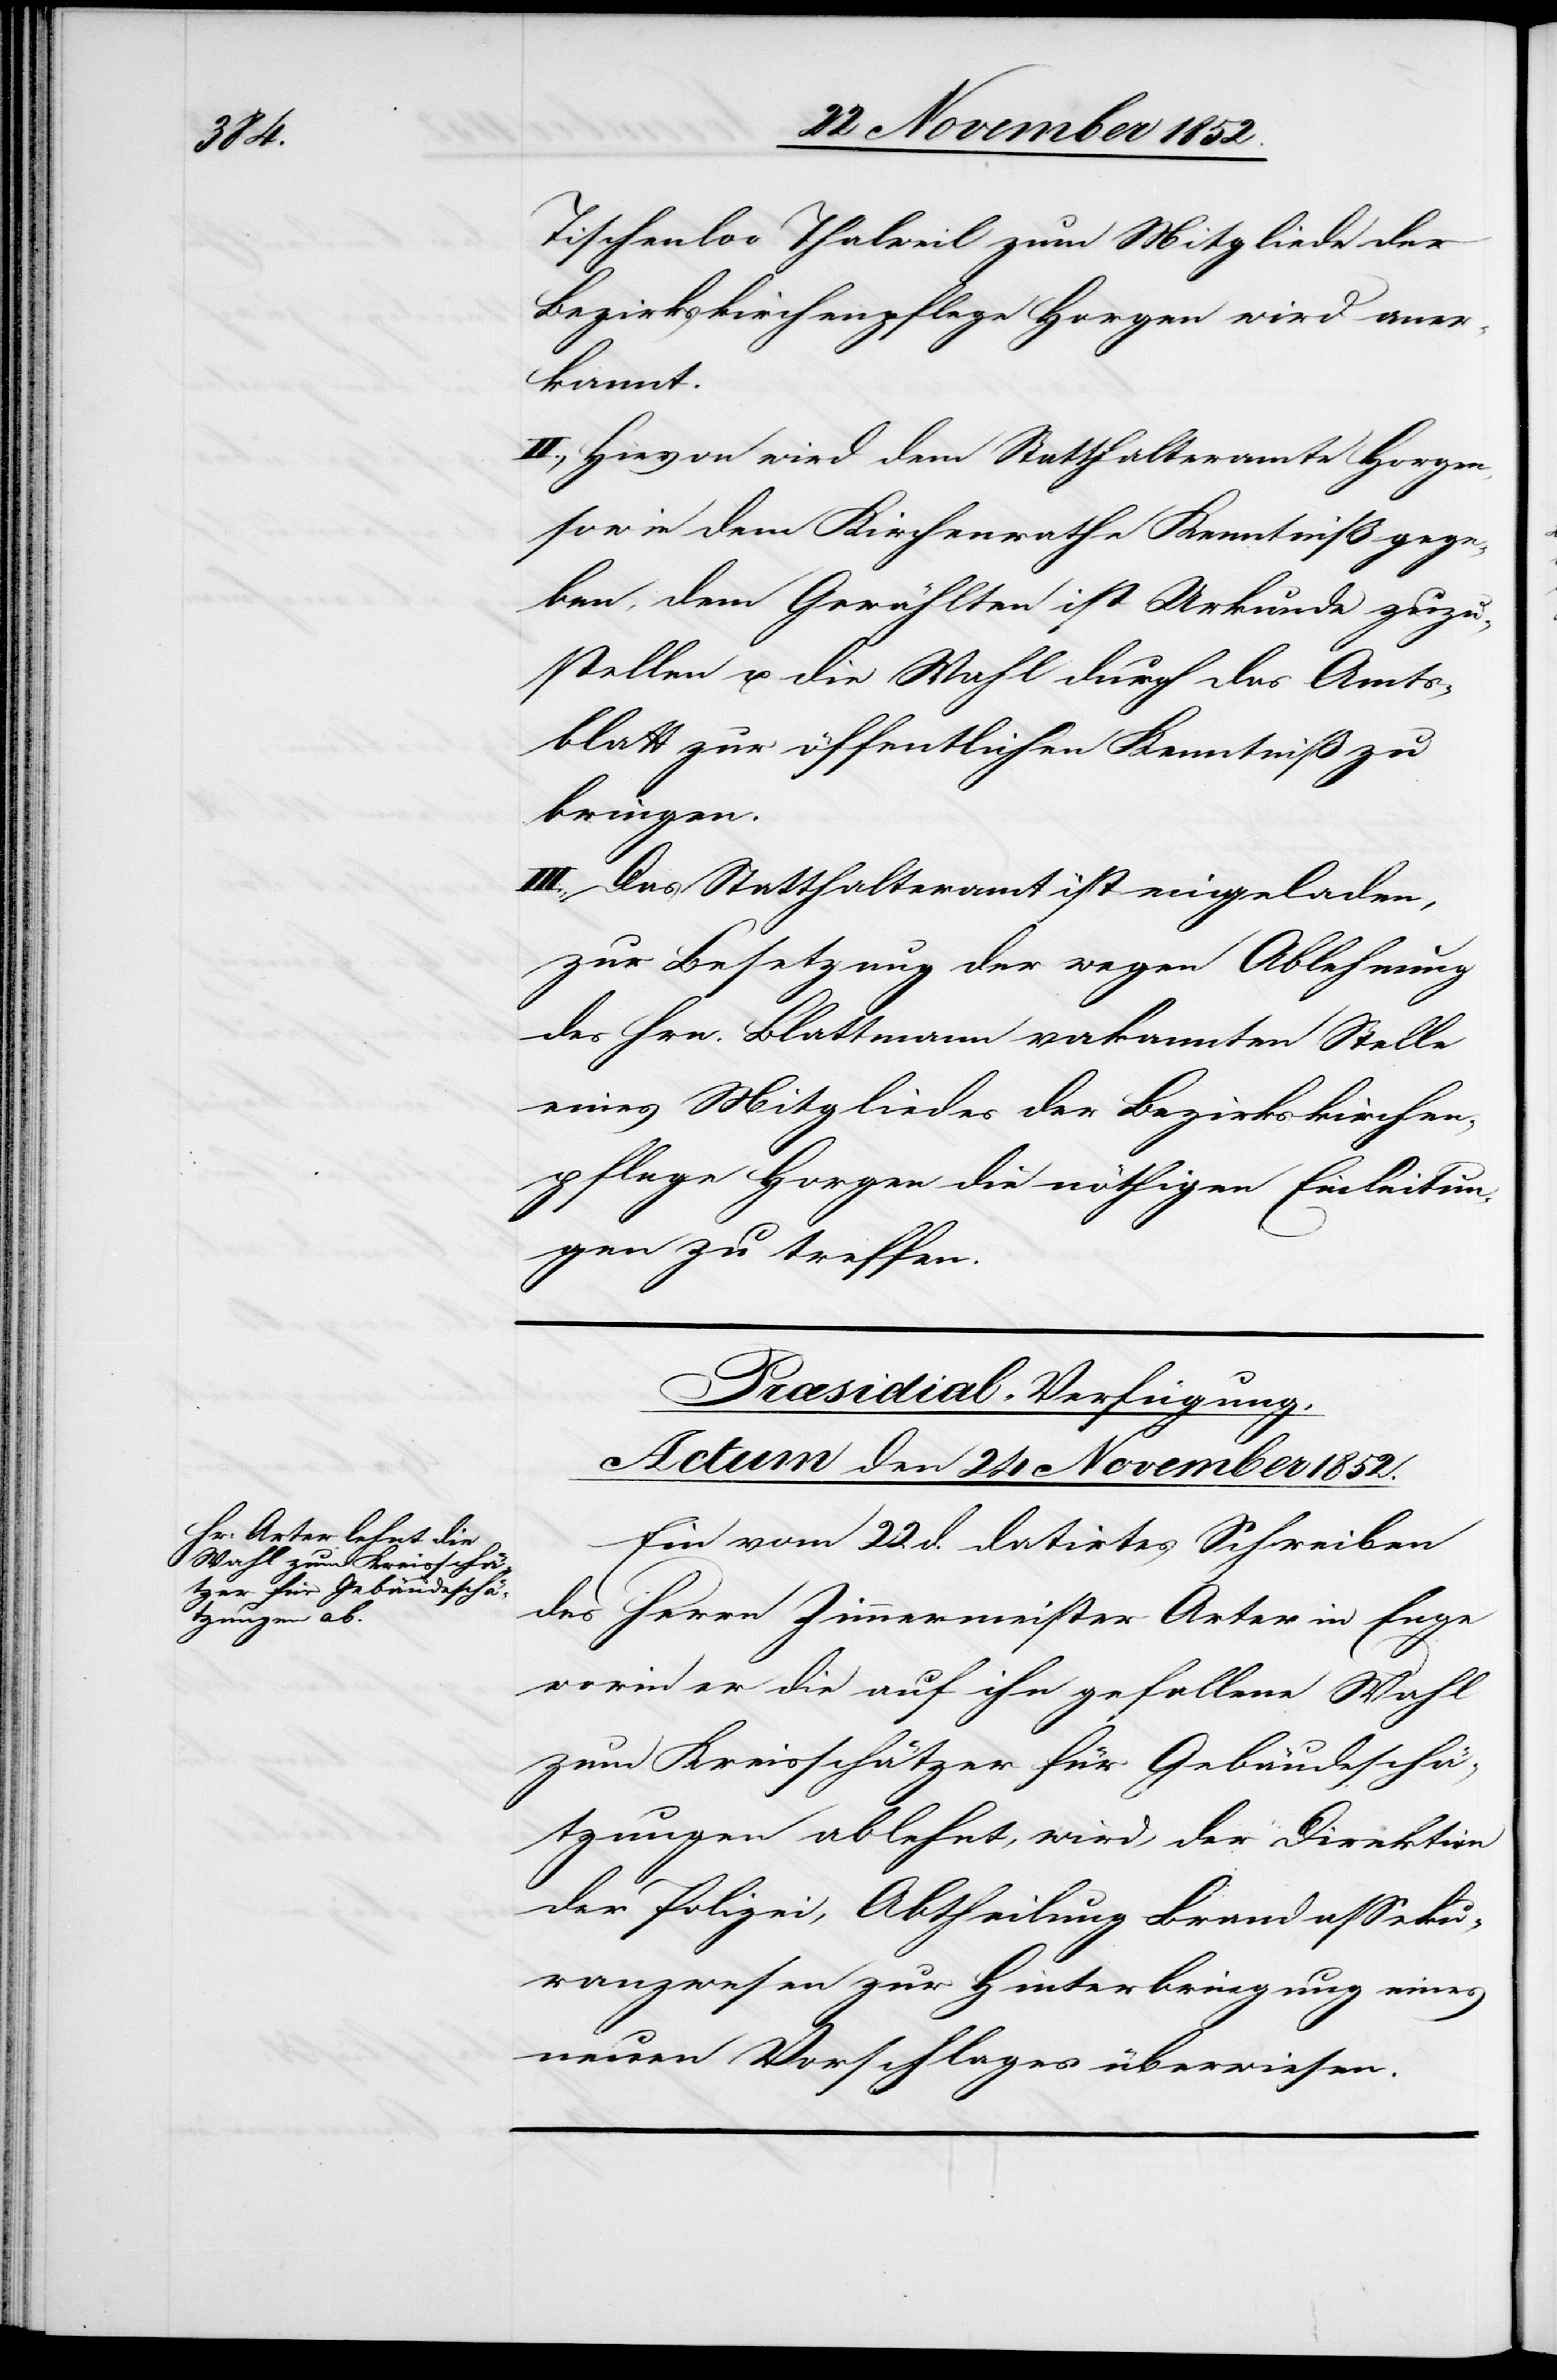
Tischenloo Thalweil zum Mitgliede der
Bezirkskirchenpflege Horgen wird aner¬
kannt.
II., Hievon wird dem Statthalteramte Horgen,
sowie dem Kirchenrathe Kenntniß gege¬
ben, dem Gewählten ist Urkunde zuzu¬
stellen u. die Wahl durch das Amts¬
blatt zur öffentlichen Kenntniß zu
bringen.
III., Das Statthalteramt ist eingeladen,
zur Besetzung der wegen Ablehnung
des Hrn. Blattmann vakannten Stelle
eines Mitgliedes der Bezirkskirchen¬
pflege Horgen die nöthigen Einleitun¬
gen zu treffen.
Præsidial-Verfügung.
Actum den 24 November 1852.
Ein vom 22 d. datirtes Schreiben
des Herrn Zimmermeister Arter in Enge
worin er die auf ihn gefallene Wahl
zum Kreisschätzer für Gebäudeschä¬
tzungen ablehnt, wird der Direktion
der Polizei, Abtheilung Brandasseku¬
ranzwesen zur Hinterbringung eines
neuen Vorschlages überwiesen.